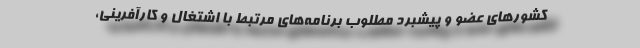
کشورهای عضو و پیشبرد مطلوب برنامه‌های مرتبط با اشتغال و کارآفرینی،